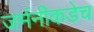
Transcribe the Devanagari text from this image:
जर्मनीकडेच